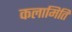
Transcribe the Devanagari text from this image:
कलामिति